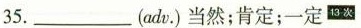
35.___(adv.)^{13次}当然；肯定；一定^{13次}